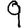
Digit: 9